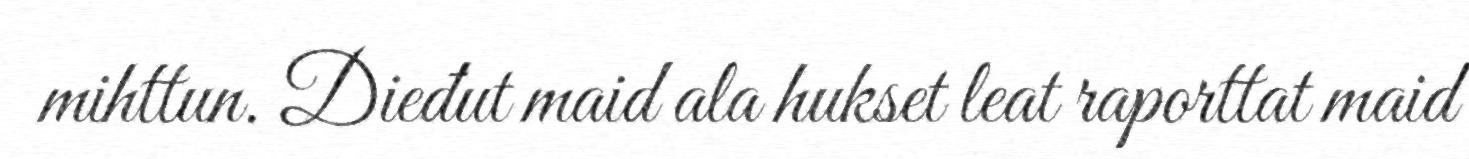
mihttun. Dieđut maid ala hukset leat raporttat maid